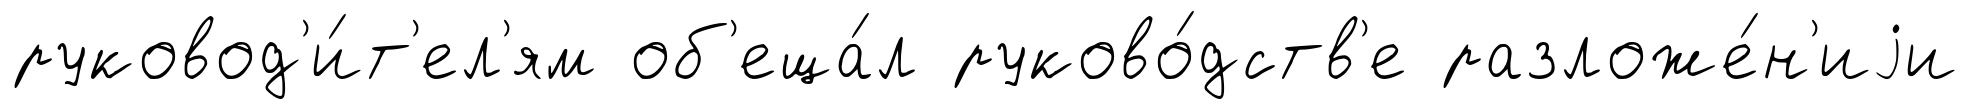
руковод'и́т'ел'ям об'еща́л руково́дств'е разложе́н'иjи